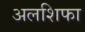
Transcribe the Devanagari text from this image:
अलशिफा